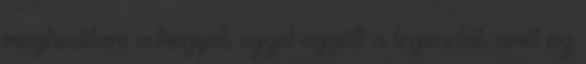
meghóditani a hegyet, ezzel együtt a legendát, amit az